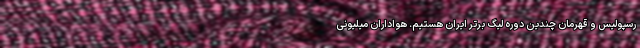
رسپولیس و قهرمان چندین دوره لیگ برتر ایران هستیم. هواداران میلیونی